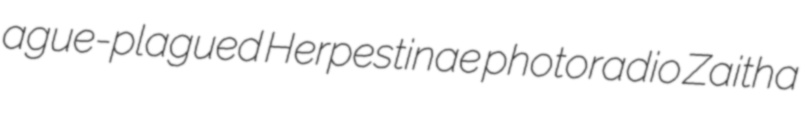
ague-plagued Herpestinae photoradio Zaitha